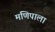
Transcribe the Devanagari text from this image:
मणिपाला